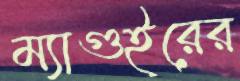
ম্যাগুইরের